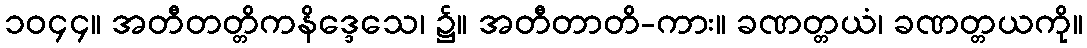
၁၀၄၄။ အတီတတ္တိကနိဒ္ဒေသေ၊ ၌။ အတီတာတိ-ကား။ ခဏတ္တယံ၊ ခဏတ္တယကို။